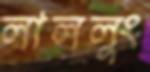
লাললুং